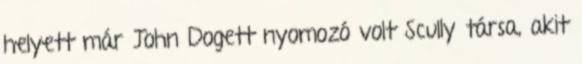
helyett már John Dogett nyomozó volt Scully társa, akit